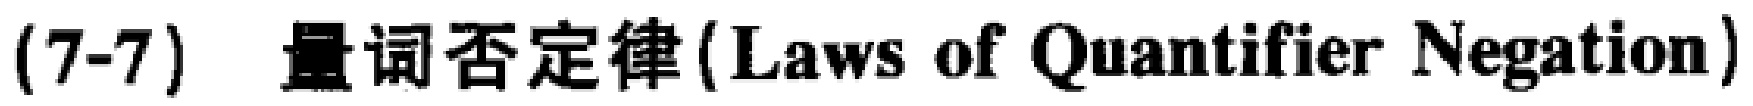
(7-7) 量词否定律 (Laws of Quantifier Negation)